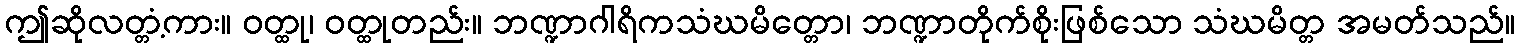
ဤဆိုလတ္တံ့ကား။ ဝတ္ထု၊ ဝတ္ထုတည်း။ ဘဏ္ဍာဂါရိကသံဃမိတ္တော၊ ဘဏ္ဍာတိုက်စိုးဖြစ်သော သံဃမိတ္တ အမတ်သည်။